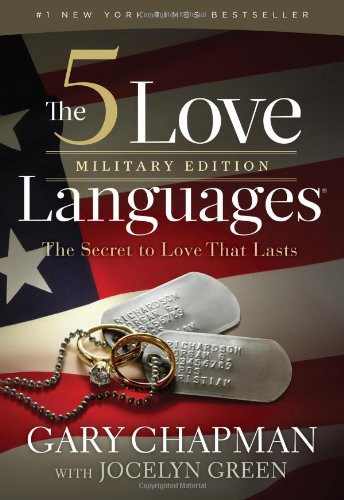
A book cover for The 5 Love Languages Military Edition: The Secret to Love That Lasts; Gary D Chapman; Parenting & Relationships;